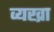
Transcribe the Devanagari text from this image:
व्यख्रा